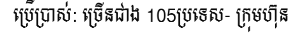
ប្រើប្រាស់: ច្រើនជាង 105ប្រទេស- ក្រុមហ៊ុន